King Institute of Preventive Medicine Micro-Biological Section reports 1909-11
Year: 1909
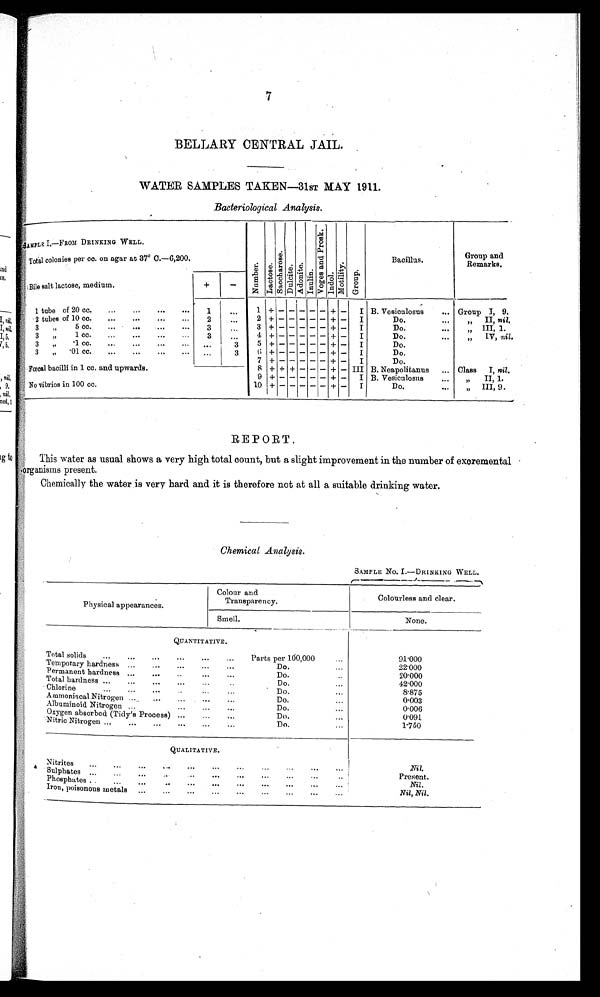
7
BELLARY CENTRAL JAIL.
WATER SAMPLES TAKEN—31ST MAY 1911.
Bacteriological Analysis.
SAMPLE I.—FROM DRINKING WELL.
N u m b e r .
L a c t o s e . S a c c h a r o s e . D u l c i t e . A d o n i t e . I n u l i n .
V o g e s a n d P r o s k .
I n d o l .
M o t i l i t y .
G r o u p .
Bacillus.
Group and
Remarks.
Total colonies per co. on agar at 37. C.-6,200.
-
Bile salt lactose, medium.
+
1 tube of 20 cc.
...
...
...
....
1
..,
1 +
-
- - - -
+ -
I B. Vesiculosus
... Group I, 9.
2 + -
- - - - + -
I
Do,
.,.
„
II, nil.
2
...
2 tubes of 10 cc.
„.
...
...
...
3 + --
- - - - + -
I
Do.
...
„ III, 1.
3”
5 cc.
...
...
...
...
3
...
4 + -
- - - - + -
I
Do.
IV, nil.
3
„
1 cc.
...
...
...
...
3
...
5 + -
- - - - + -
I
Do.
3
,,
.1 cc. ... ... ... ...
...
3
6 + -
- - - - + -
I
Do.
3
.01 cc.
...
...
...
...
...
3
7 + -
- - - - + -
I
Do.
8 + + + - - - + - III B. Neapolitanus
... Class
I, nil.
Fœoal bacilli in 1 cc. and upwards.
9 + -
- - - - + -
I B. Vesiculosus
...
„
II, 1.
No vibrios in 100 cc.
10 + -
- - - - + -
I
Do.
III, 9 .
REPORT.
• •
This water as usual shows a very high total count, but a slight improvement in the number of excremental
organisms present.
Chemically the water is very hard and it is therefore not at all a suitable drinking water.
Chemical Analysis.
SAMPLE NO. I.—DRINKING WELL.
Physical appearances.
Colour and
Transparency.
Colourless and clear.
Smell.
None.
QUANTITATIVE.
Total solids
...
...
...
...
...
...
Parts per 100,000
9 1 . 0 0 0
Temporary hardness ...
...
...
...
...
Do....
22.000
Permanent hardness ...
...
..
.... ...
Do.
20.000
Total hardness ...
...
... ...
... Chlorine... ... ... ...
Do..
... . Do. ...
42.000
8.875
A mmoniacal Nitrogen ......
...
...
...
...
Do.
...
0.003
Albuminoid Nitrogen ...
...
...
...
Do.
...
0.006
Oxygen absorbed (Tidy’s Process) ...
...
...
Do.
...
0.091
Nitric Nitrogen ...
...
...
...
Do.
1.750
QUALITATIVE.
N itrites
......
...
...
...
...
...
...
Nil.
Sulphates...
Present.
p h o s p h a t e s
. . . . .
. . .
- . . .
. . .
. . .
. . .
. . .
. . .
.
Nil.
Iron, poisonous metals ...
...
...
...
...
...
...
...
...
Nil, Nil.